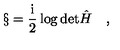
\S = \frac { \mathrm { i } } { 2 } \log \mathrm { d e t } { \hat { H } } \quad ,